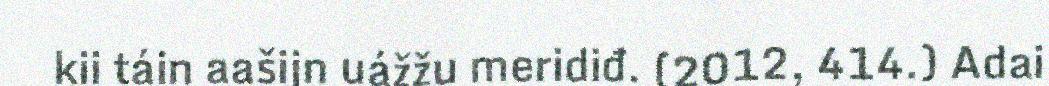
kii táin aašijn uážžu meridiđ. (2012, 414.) Adai